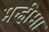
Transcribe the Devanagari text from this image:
मन्हीमा